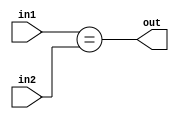
`ifndef _EQUAL
`define _EQUAL

module equal(in1, in2, out);
	
	output out;
	input [15:0] in1, in2;
	
	assign out = (in1==in2);
	
endmodule

`endif